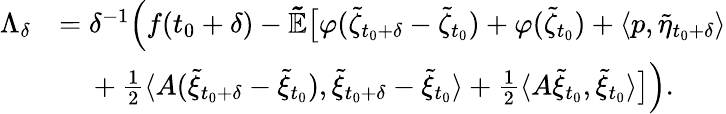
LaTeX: \begin{array}{rl}{\Lambda_{\delta}}&{=\delta^{-1}\Big(f(t_{0}+\delta)-\mathbb{\tilde{E}}\big[\varphi(\tilde{\zeta}_{t_{0}+\delta}-\tilde{\zeta}_{t_{0}})+\varphi(\tilde{\zeta}_{t_{0}})+\langle p,\tilde{\eta}_{t_{0}+\delta}\rangle}\\ &{\mathrm{~\ ~\ }+\frac{1}{2}\langle A(\tilde{\xi}_{t_{0}+\delta}-\tilde{\xi}_{t_{0}}),\tilde{\xi}_{t_{0}+\delta}-\tilde{\xi}_{t_{0}}\rangle+\frac{1}{2}\langle A\tilde{\xi}_{t_{0}},\tilde{\xi}_{t_{0}}\rangle\big]\Big).}\end{array}